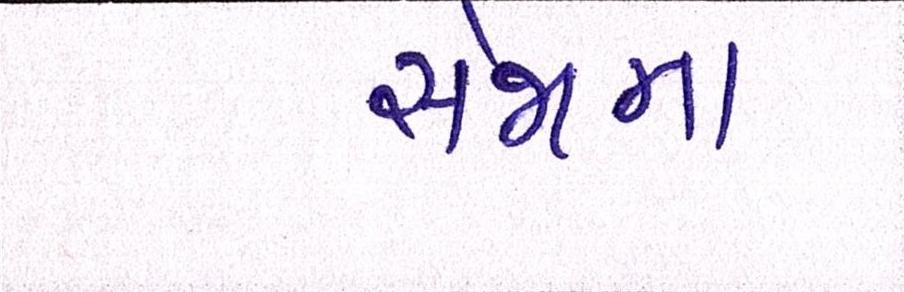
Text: સેજાના